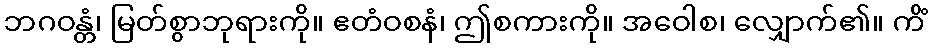
ဘဂဝန္တံ၊ မြတ်စွာဘုရားကို။ ဧတံဝစနံ၊ ဤစကားကို။ အဝေါစ၊ လျှောက်၏။ ကိံ